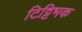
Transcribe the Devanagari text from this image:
टिट्टिभक